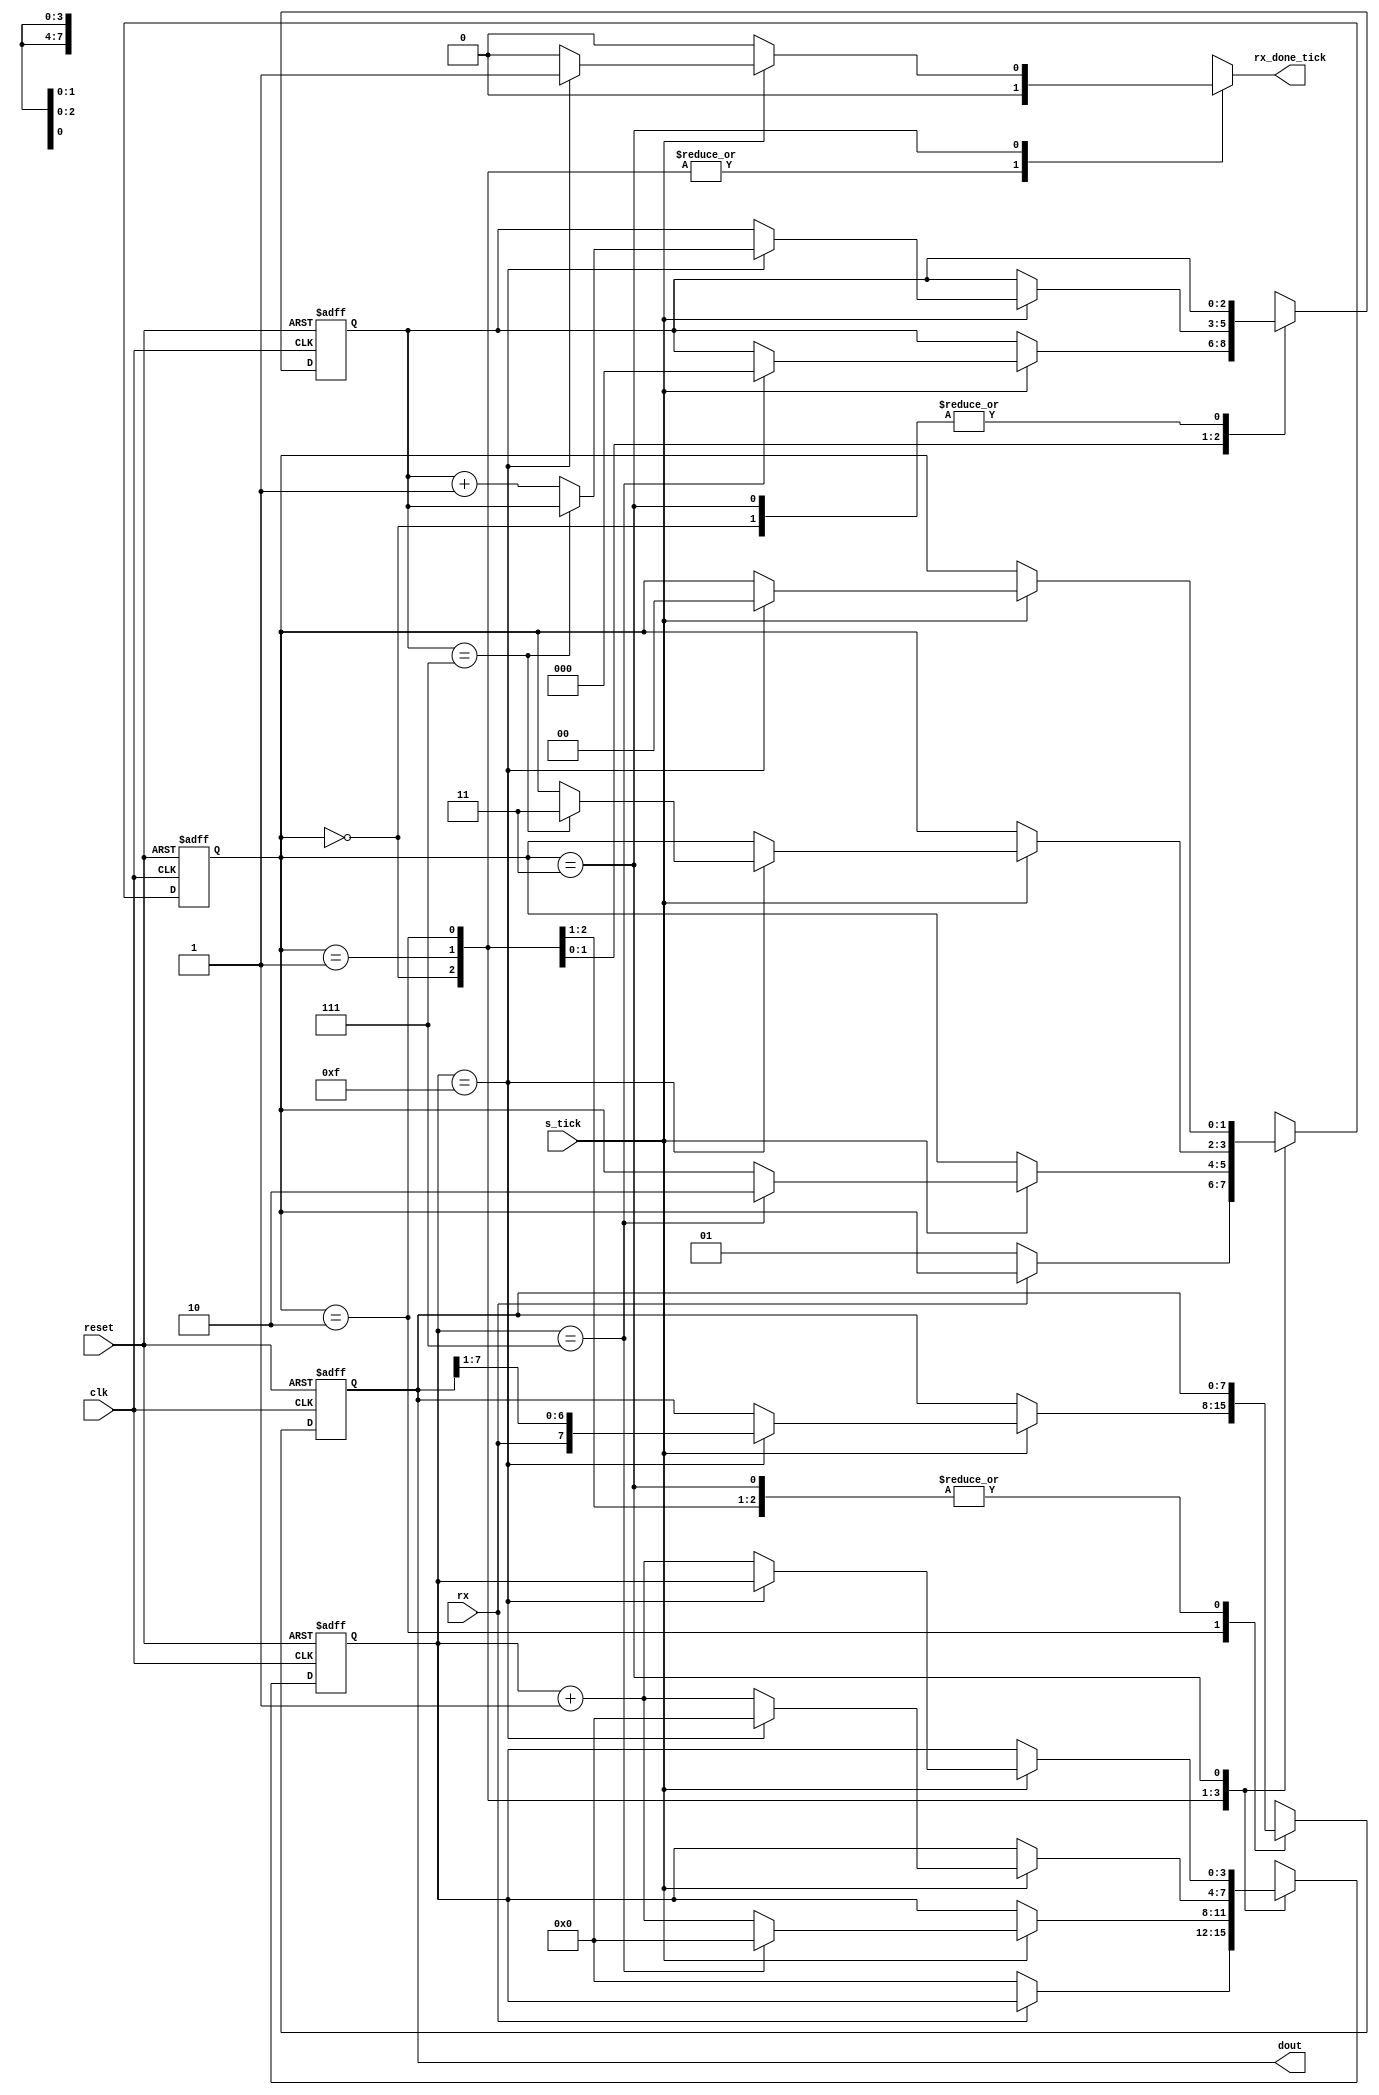
module rx
	#(
		parameter 	DBIT = 8 , //databits
						SB_TICK = 16 //ticks for sample bits 
	)
	(
		input wire clk, reset, //boton1,      //
		input wire rx, s_tick,      //rx -> bit entrante, s_tick -> 16 ticks por intervalo, para muestrear un bit
		output reg rx_done_tick,    //se pone en 1 un ciclo despues de que la palabra de 8 bits es recibida
		output wire [DBIT-1:0] dout      //buffer de datos, para leer la palabra recibida
	);
	
	// symbolic state declaration
	localparam [1:0]
		idle = 2'b00,
		start = 2'b01,
		data = 2'b10,
		stop = 2'b11;

	//signal declaration
		reg [1:0] state_reg, state_next; //Estado actual y siguiente de la unidad rx
		reg [3:0] s_reg, s_next;   //cuenta el numero de ticks recibidos
		reg [2:0] n_reg, n_next;	//cuenta el numero de bits de datos recibidos
		reg [DBIT-1:0] b_reg, b_next;	//registro para almacenar los bits recibidos
		
	//body
	//FSMD state & data registers
	always @(posedge clk, posedge reset)//, posedge boton1)
		if (reset)						//resetear la UART receive
			begin
				state_reg <= idle;
				s_reg <= 0;
				n_reg <= 0;
				b_reg <= 8'b10101010;
			end
		//else if (boton1)
		//	begin
		//		state_reg <= start;
		//		s_reg <= 0;
		//		n_reg <= 0;
		//		b_reg <= 8'b1111_0000;
		//	end
		else
			begin
				state_reg <= state_next;
				s_reg <= s_next;
				n_reg <= n_next;
				b_reg <= b_next;
			end
			
	//FSMD next-state logic
	always @*
	begin
		state_next = state_reg; //mantiene el estado de los registros
		rx_done_tick = 1'b0;
		s_next = s_reg;
		n_next = n_reg;
		b_next = b_reg;
		case (state_reg)
			idle:          //antes de comenzar a recibir datos
				if (~rx)		//si rx es 0, bit de start
					begin
						state_next = start;	//siguiente estado: start
						s_next = 0;				//pongo a cero el contador s
					end
			start:							//estado: comienzo de trama
				if (s_tick)						//si llego un tick..
					if (s_reg==7)				//si se alcanzaron los 7 ticks, estamos al medio del bit start
						begin
							state_next = data;	//pasa al siguiente estado: recibir los datos
							s_next = 0;				//pone el contador de ticks a cero
							n_next = 0;				//pone el contador de cant de datos recibidos a cero
						end
					else							//si no, aumenta cantidad de ticks en 1
						s_next = s_reg + 4'b0001;
			data:								//estado: recibiendo datos
				if (s_tick)					//si llego un tick..
					if (s_reg==15)			//si llegamos a los 15 ticks..
						begin
							s_next = 0;		//se reinicia el contador de ticks
							b_next = {rx, b_reg[DBIT-1:1]};		//se almacena el bit recibido
							if (n_reg==(DBIT-1))				//si ya se recibieron todos los bits..
								state_next = stop;				//proximo estado: stop
							else									//si no llegamos a los 8 bits recibidos..
								n_next = n_reg + 3'b001;			//se aumenta la cant de bits recibidos en 1
						end
					else						//si no llegamos a los 15 ticks recibidos
						s_next = s_reg + 4'b0001;	//se aumenta la cant de ticks recib en 1
			stop:							//estado: stop, fin de trama
				if (s_tick)					//si recibimos un tick..
					if (s_reg==(SB_TICK-1))	//si la cantidad de ticks recibidos es 15
						begin
							state_next = idle;	//proximo estado: esperando a recibir nuevo dato
							rx_done_tick = 1'b1;	//dato listo en buffer, para ser leido
						end
					else							//si no..
						s_next = s_reg + 4'b0001;		//aumentamos la cant de ticks recib en 1
		endcase
	end
	
	//output
	assign dout = b_reg;		//asigna registro contenedor de los datos recibidos 
									//al buffer de salida
	
endmodule